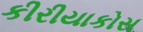
કીરીયાકોસ